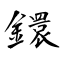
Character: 鐶